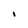
Character: I